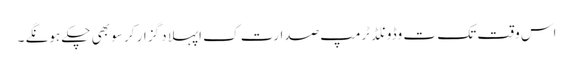
اس وقت تک ت وڈونلڈ ٹرمپ صدارت ک اپہلا د گزار کر سو بھی چکے ہونگے ۔